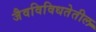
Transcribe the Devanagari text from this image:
जैवविविधतेतील